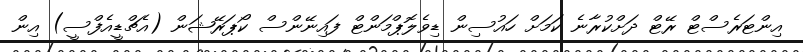
އިންޓަރެސްޓް ރޭޓް ދަށްކުރާނެ ކަމަށް ހައުސިން ޑިވެލޮޕްމަންޓް ފައިނޭންސް ކޯޕަރޭޝަން (އެޗްޑީއެފްސީ) އިން